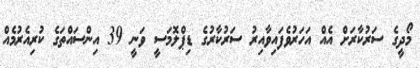
މޯދީގެ ސަރުކާރަށް އެއް އަހަރުވެފައިވާއިރު ސަރުކާރުގެ ޑިޕްލޮމަސީ ވަނީ 39 އިންސައްތަގެ ކުރިއެރުމެއް